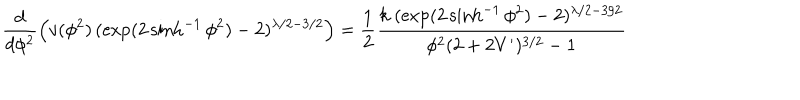
\frac { d } { d \phi ^ { 2 } } \left( v ( \phi ^ { 2 } ) \, ( \exp ( 2 \sinh ^ { - 1 } \phi ^ { 2 } ) - 2 ) ^ { \lambda / 2 - 3 / 2 } \right) = \frac { 1 } { 2 } \frac { k \; ( \exp ( 2 \sinh ^ { - 1 } \phi ^ { 2 } ) - 2 ) ^ { \lambda / 2 - 3 / 2 } } { \phi ^ { 2 } ( 2 + 2 V ^ { \prime } ) ^ { 3 / 2 } - 1 }